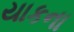
યાકના